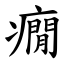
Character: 癇